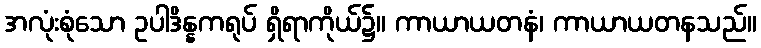
အလုံးစုံသော ဥပါဒိန္နကရုပ် ရှိရာကိုယ်၌။ ကာယာယတနံ၊ ကာယာယတနသည်။